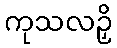
ကုသလဉှိ